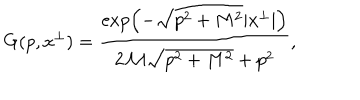
G ( p , x ^ { \perp } ) = \frac { \exp \! \left( - \sqrt { p ^ { 2 } + M ^ { 2 } } | x ^ { \perp } | \right) } { 2 \mathcal { M } \sqrt { p ^ { 2 } + M ^ { 2 } } + p ^ { 2 } } ,